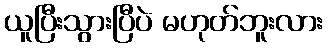
ယူပြီးသွားပြီပဲ မဟုတ်ဘူးလား